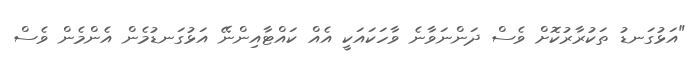
"އަޅުގަނޑު ތަކުރާރުކޮށް ވެސް ދަންނަވާނެ ވާހަކައަކީ އެއް ކައްޓާއިންނޭ އަޅުގަނޑުމެން އެންމެން ވެސް